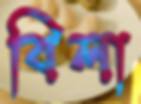
বিলা